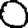
Digit: 0